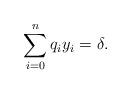
LaTeX: \begin{align*} \sum_{i=0}^n q_iy_i=\delta .\end{align*}